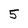
Character: 5